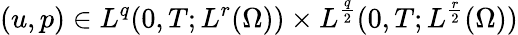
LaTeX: (u,p)\in L^{q}(0,T;L^{r}(\Omega))\times L^{\frac{q}{2}}(0,T;L^{\frac{r}{2}}(\Omega))